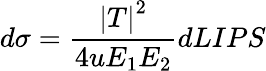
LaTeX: d\sigma=\frac{\left|T\right|^{2}}{4uE_{1}E_{2}}dLIPS